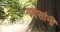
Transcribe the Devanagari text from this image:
गवसांनी